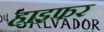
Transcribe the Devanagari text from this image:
हाइफर